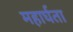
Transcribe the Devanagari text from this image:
महार्घता